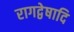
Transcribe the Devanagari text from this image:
रागद्वेषादि